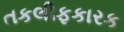
તકલીફકારક